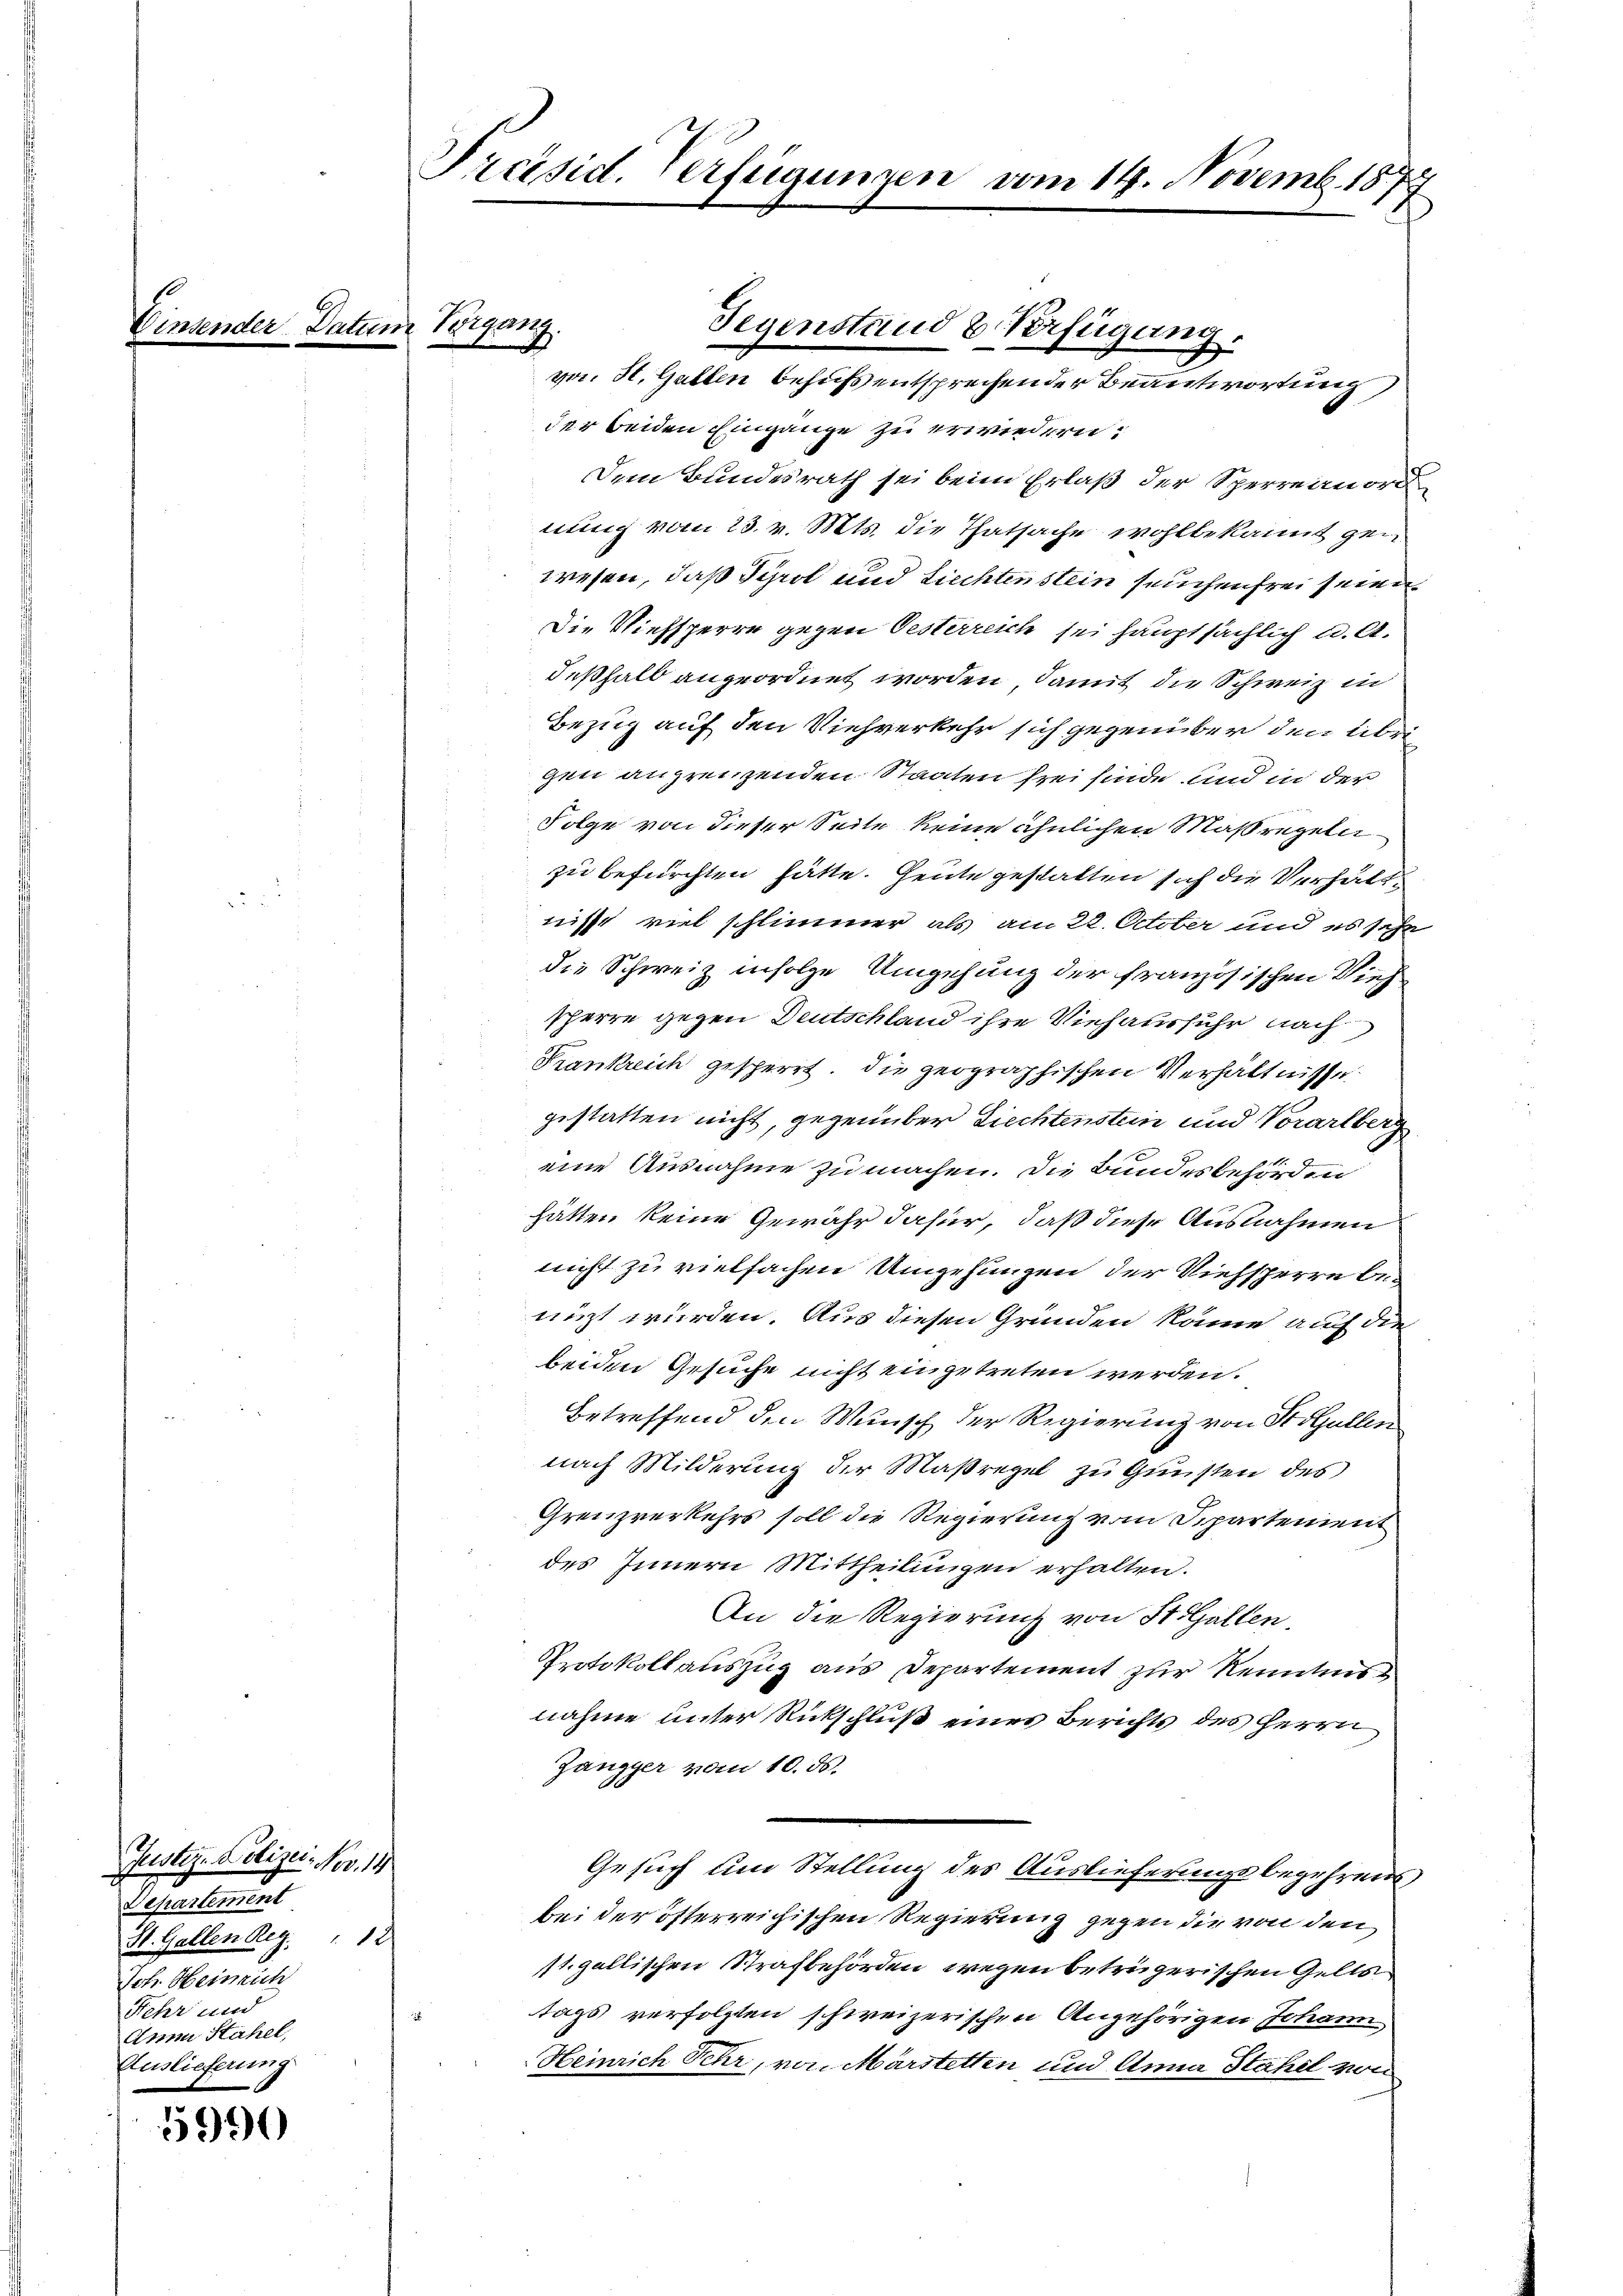
f

Justiz- Polizei. Nov. 18
Departement
St. Gallen Reg. " 12
Joh. Heinrich
Fehr und
Anna Stahel,
Auslieferung

5990

Präsid. Verfügungen vom 14. Novemb. 1877

der beiden Eingange zu erwiedern.
Dem Bundesrath sei beim Erlaß der Sperreanord
nung vom 23. v. Mts. die Thatsache wohlbekannt gewesen, daß Tyrol und Liechtenstein seuchen frei seine
Die Viehsperre gegen Oesterreich sei hauptsächlich u. A.
deßhalb angeordnet worden, damit die Schweiz in
Bezug auf den Viehverkehr sich gegenüber den übrigen angreichenden Staaten frei sinde und in der
Folge von dieser Seite keine ähnlichen Maßregeln
zu befürchten hätte. Heute gestatten sich die Verhält
nisst viel schlimmer als am 22. October und es sehe
die Schweiz infolge Umgehung der französischen Vieh
sperre gegen Deutschland ihre Viehausfuhr nach
Frankreich gesperrt. Die geographischen Verhältnisse
gestatten nicht, gegenüber Liechtenstein und Vorarlberg
eine Ausnahme zu machen. Die Bundesbehörden
hätten keine Gewähr dafür, daß diese Ausnahmen
nicht zu vielfachen Umgehungen der Viehsperre benizt würden. Aus diesen Gründen könne auf die
beiden Gesuche nicht eingetreten werden.
Betreffend den Wunsch der Regierung von St. Gallen
nach Milderung der Maßregel zu Gunsten des
Grenzverkehrs soll die Regierung vom Separtement
des Innern Mittheilungen erhalten.
An die Regierung von St. Gallen.
Protokollauszug aus Departement zur Kenntnis
nahme unter Rückschluß eines Berichts des Herrn
Zangger vom 10. ds.
Gesuch um Stellung des Auslieferungsbegehrens
bei der öfterreichischen Regierung gegen die von den
1t. gallischen Strafbehörden wegen betrügerischen Gelts
tags verfolgten schweizerischen Angehörigen Johann
Heinrich Fehr, von Märstetten und Anna Stahel von

Vergang.
Gegenstand & Verfügung.
va. St. Gallen behufs entsprechender Beantwortung,